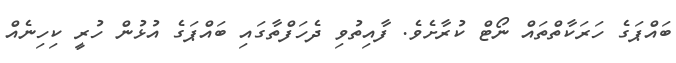
ބައްޕަގެ ހަރަކާތްތައް ނޯޓް ކުރާށެވެ. ފާއިތުވި ދެހަފްތާގައި ބައްޕަގެ އުޅުން ހުރީ ކިހިނެއް